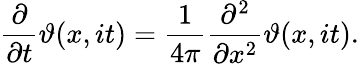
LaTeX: {\frac{\partial}{\partial t}}\vartheta(x,it)={\frac{1}{4\pi}}{\frac{\partial^{2}}{\partial x^{2}}}\vartheta(x,it).